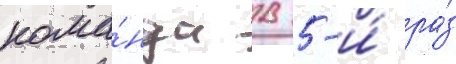
кома́нда в 5-и́ ра́з